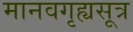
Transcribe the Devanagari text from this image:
मानवगृह्यसूत्र